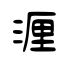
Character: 湹